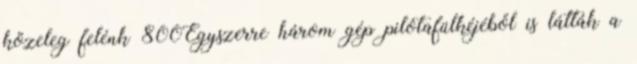
közeleg felénk 800Egyszerre három gép pilótafülkéjéből is látták a